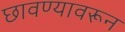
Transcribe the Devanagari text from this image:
छावण्यावरून